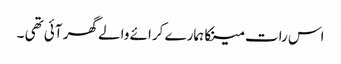
اس رات مینکا ہمارے کرائے والے گھر آئی تھی ۔